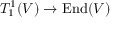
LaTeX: T _ { 1 } ^ { 1 } ( V ) \to \mathrm { E n d } ( V )